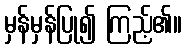
မှန်မှန်ပြု၍ ကြည့်၏။